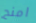
امنح